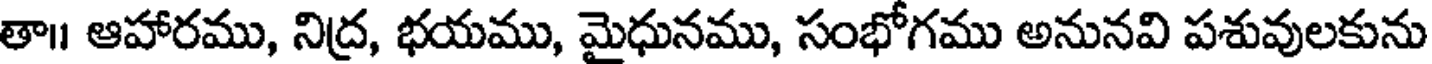
తా॥ ఆహారము, నిద్ర, భయము, మైధునము, సంభోగము అనునవి పశువులకును